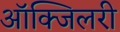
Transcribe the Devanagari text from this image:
आॅक्जिलरी